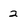
Character: 2